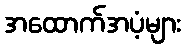
အထောက်အပံ့များ